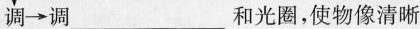
调\rightarrow调___和光圈，使物像清晰